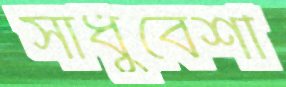
সাধুবেশী